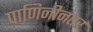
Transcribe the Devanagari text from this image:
पाणिनीनंतर